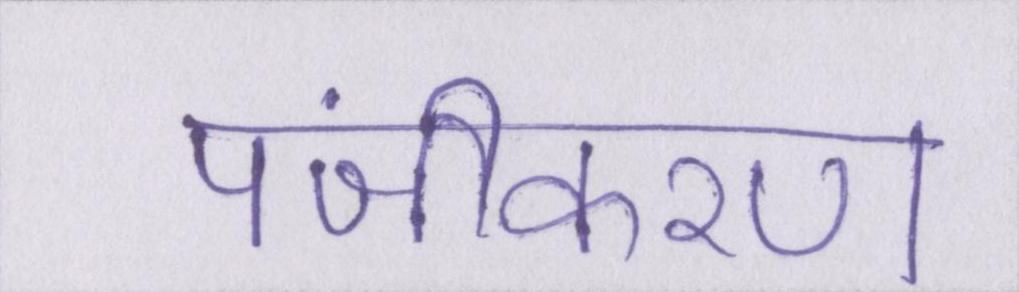
पंजीकरण